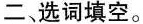
二、选词填空。